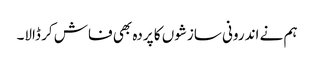
ہم نے اندرونی سازشوں کا پردہ بھی فاش کر ڈالا۔